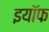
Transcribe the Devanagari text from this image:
इयॉफ